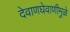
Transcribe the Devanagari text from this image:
देवाणघेवाणीमुळे